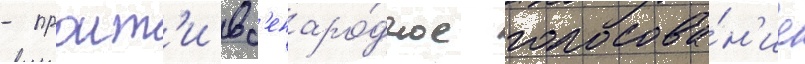
- проит'и вс'енаро́дное голосова́н'ие